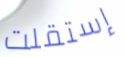
إستقلت